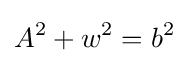
A^{2}+w^{2}=b^{2}